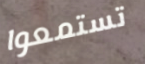
تستمعوا